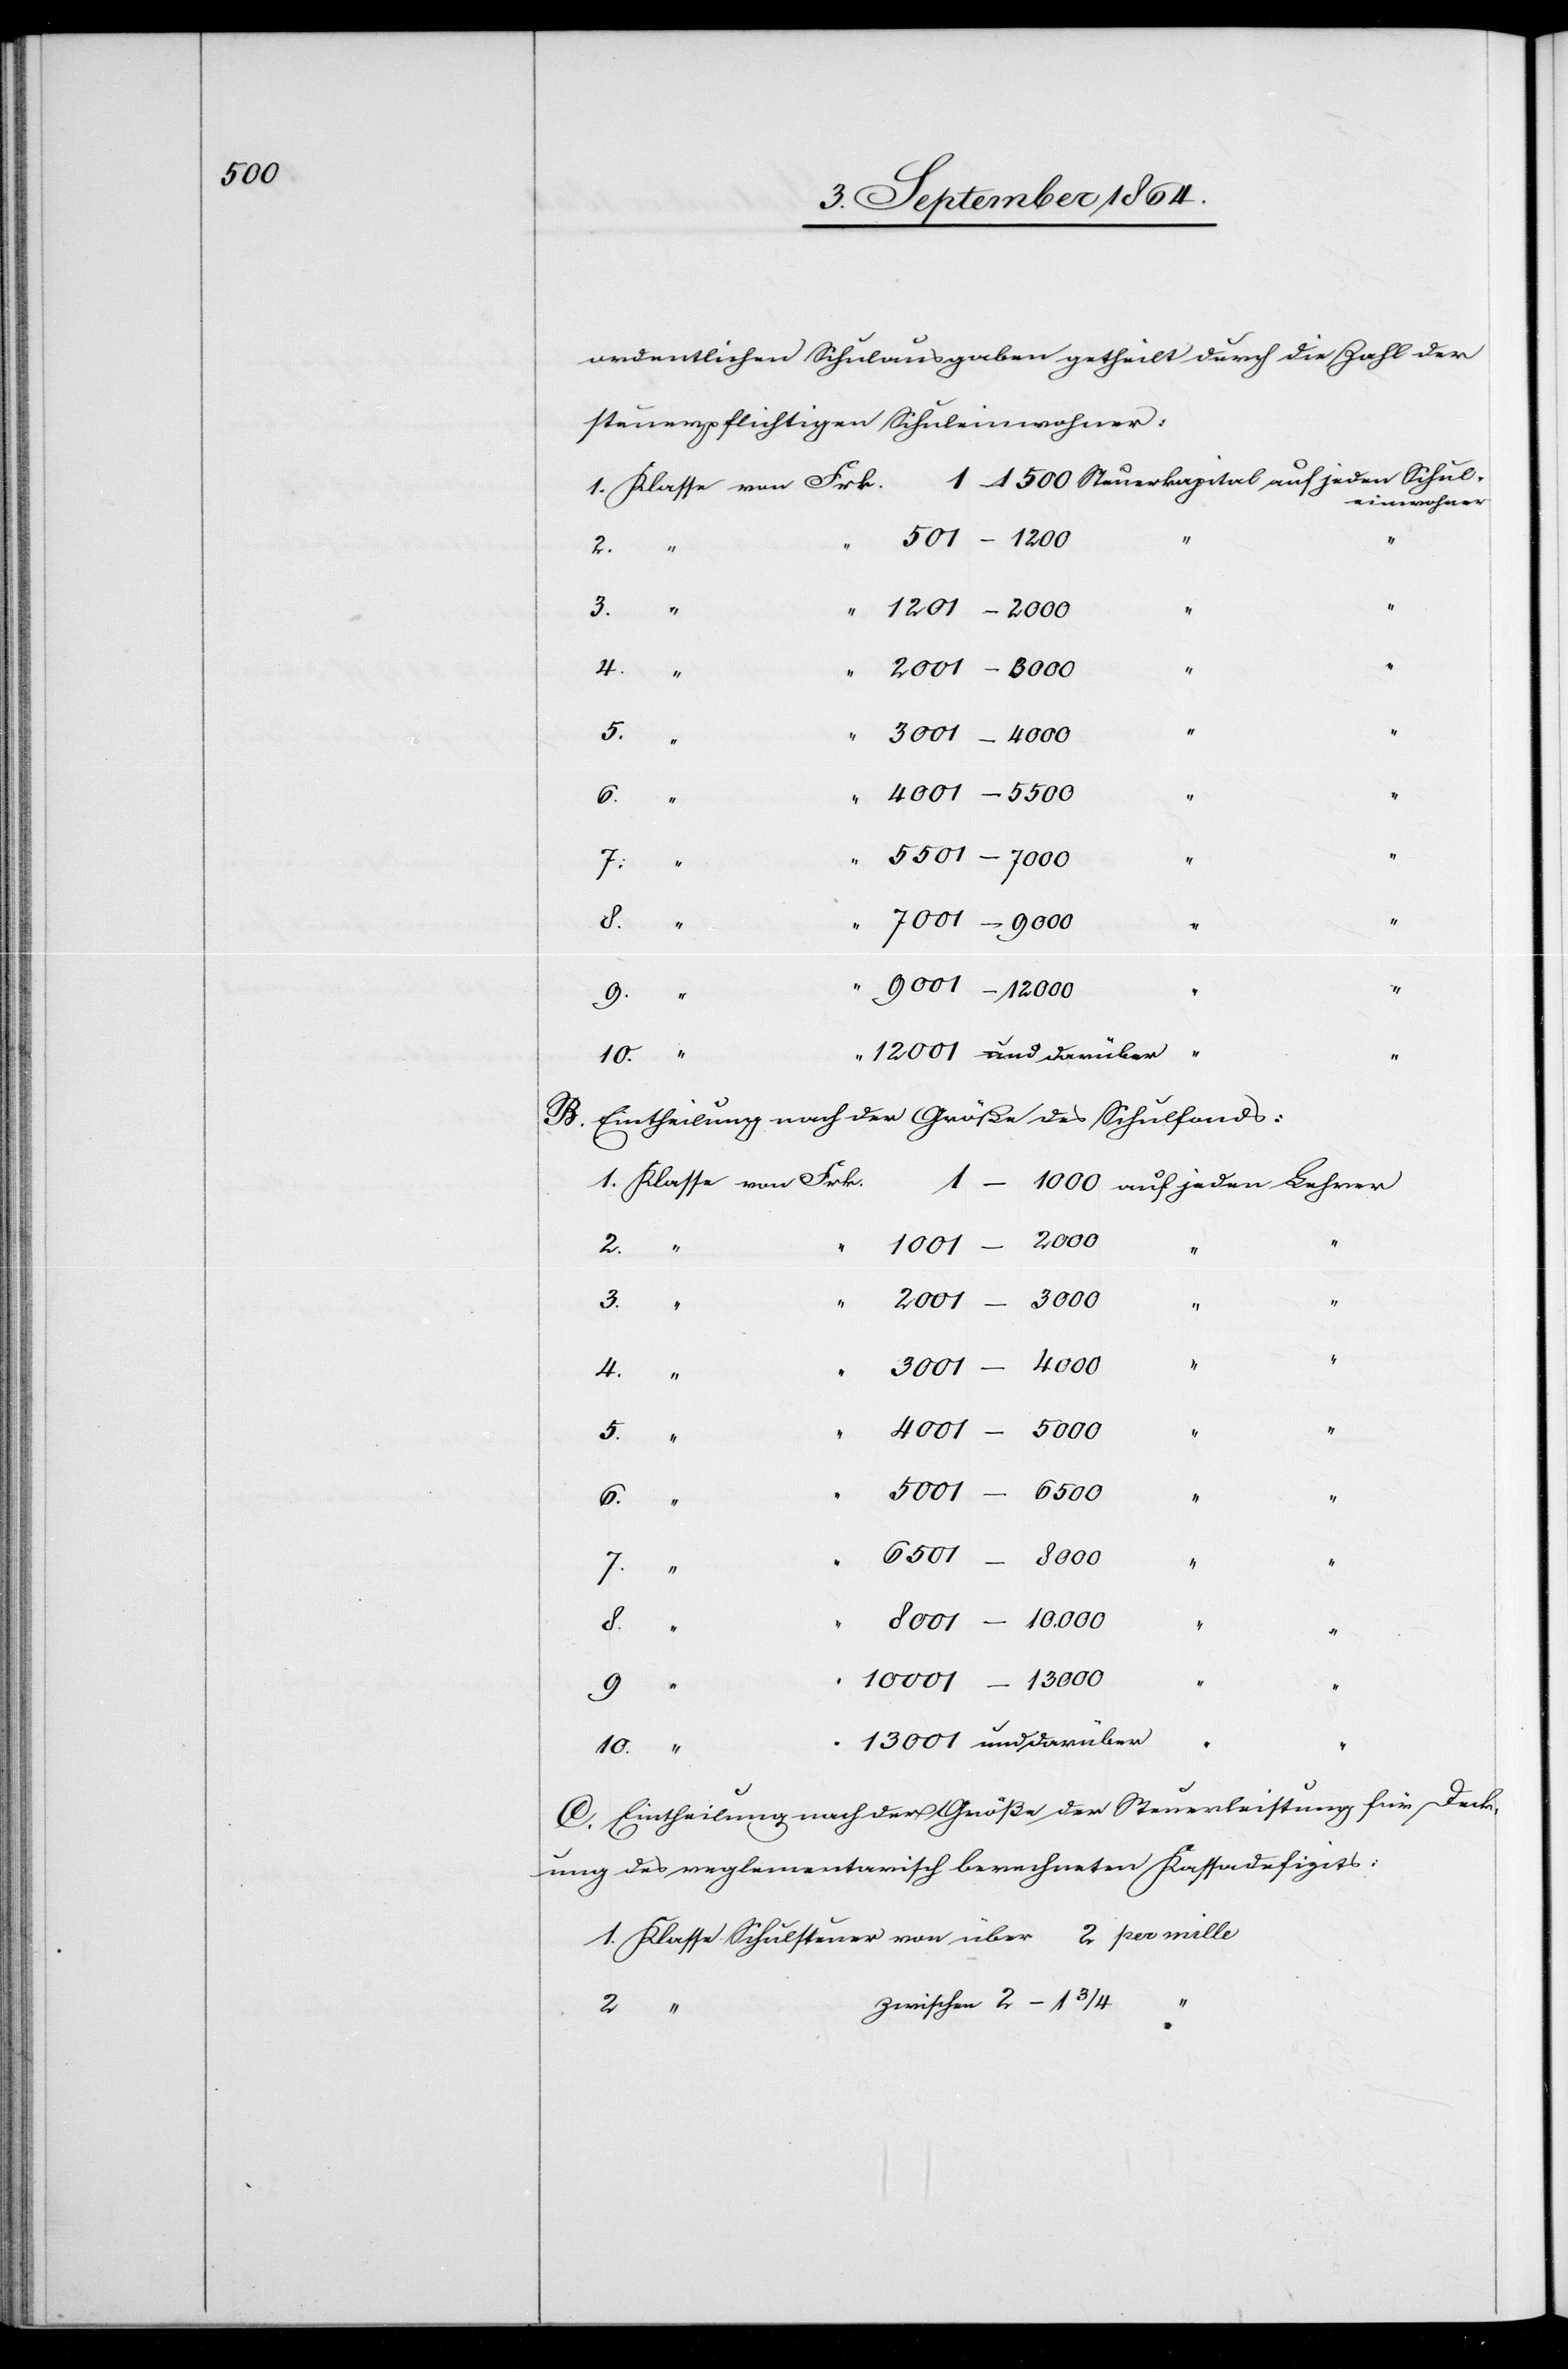
ordentlichen Schulausgaben getheilt durch die Zahl der
steuerpflichtigen Schuleinwohner:
einwohner
501 – 1200
2 – 1 3/4
2.
“
1201 – 2000
5.
4001 – 5000
4.
hen
5.
3001 – 4000
4001 – 5500
“
8.
1 – 1000
“
7.
7001 – 9000
9001 – 12000
12001 und darüber “
10.
B. Eintheilung nach der Größe des Schulfonds:
2000
1001 –
Klas¬
3.
5001 –
6500
1.
6501 – 8000
8001 – 10000
9.
10001 – 13000
9.
13001 und darüber
“
C. Eintheilung nach der Größe der Steuerleistung für Deck¬
ung des reglementarisch berechneten Kostendefizits: